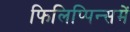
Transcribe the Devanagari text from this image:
फिलिप्पिन्समें